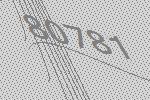
80781